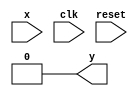
//-------------------------------
// Exemplo0054
// Nome: Felipe Barros
//-------------------------------

`define found 1 
`define notfound 0 


 
// FSM by Mealy 
module mealy1001 ( y, x, clk, reset ); 
output y; 
input x; 
input clk; 
input reset; 
reg y; 
parameter // state identifiers 
start = 2'b00, 
id1 = 2'b01, 
id11 = 2'b10, 
id111 = 2'b10; 
reg [1:0] E1; // current state variables 
reg [1:0] E2; // next state logic output 
// next state logic 
always @( x or E1 ) 
begin 
y = `notfound; 
case ( E1 ) 
start: 
if ( x ) 
E2 = id1; 
else 
E2 = start; 
id1: 
if ( x ) 
E2 = id11; 
else 
E2 = start; 
id11: 
if ( x ) 
E2 = id111; 
else 
E2 = start; 
id111: 
if ( x ) 
begin 
E2 = id1; 
y = `found; 
end 
else 
begin 
E2 = start; 
y = `notfound; 
end 
default: // undefined state 
E2 = 2'bxx; 
endcase 
end // always at signal or state changing 
// state variables 
always @( posedge clk or negedge reset ) 
begin 
if ( reset ) 
E1 = E2; // updates current state 
else 
E1 = 0; // reset 
end // always at signal changing 
endmodule